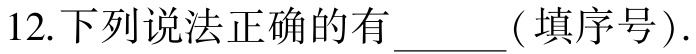
12.下列说法正确的有______ ( 填序号).